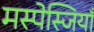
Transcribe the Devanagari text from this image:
मस्पेस्जियाँ